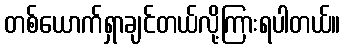
တစ်ယောက်ရှာချင်တယ်လို့ကြားရပါတယ်။